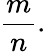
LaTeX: {\frac{m}{n}}.